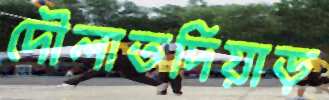
দৌলাতদিয়াড়